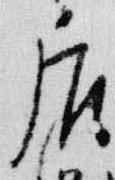
后